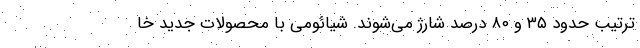
‌ترتیب حدود ۳۵ و ۸۰ درصد شارژ می‌شوند. شیائومی با محصولات جدید خا